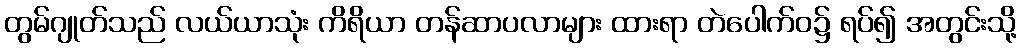
တွမ်ဂျုတ်သည် လယ်ယာသုံး ကိရိယာ တန်ဆာပလာများ ထားရာ တဲပေါက်ဝ၌ ရပ်၍ အတွင်းသို့